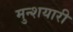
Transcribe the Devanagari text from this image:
मुन्शयारी